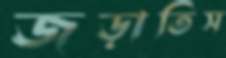
জড়াতিস